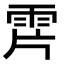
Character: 𩂌